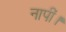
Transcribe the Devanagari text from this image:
नापीं।